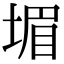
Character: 堳